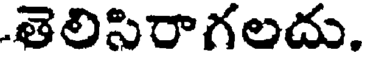
-తెలిసిరాగలదు.